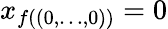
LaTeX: x_{f(\left(0,\ldots,0\right))}=0